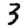
Digit: 3